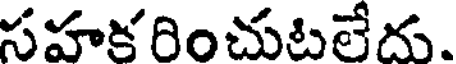
సహక రించుటలేదు.